Vaccination Hyderabad 1872-1889 - 1872-1889
Year: 1872
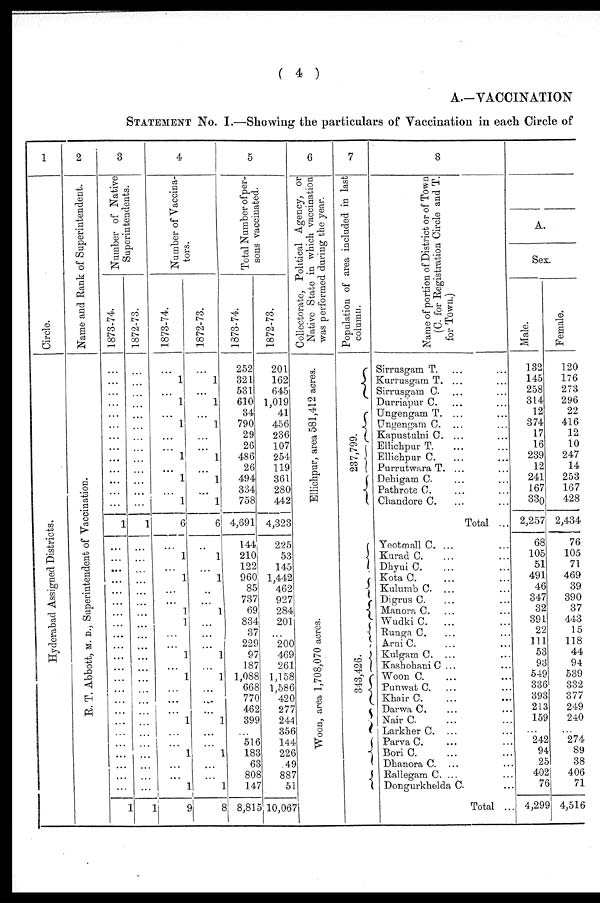
( 4 )
A.—VACCINATION
STATEMENT No. I.—Showing the particulars of Vaccination in each Circle of
1
Circle.
Hyderabad Assigned Districts.
2
Name and Rank of Superintendent.
R. T. Abbott, M. D., Superintendent of Vaccination.
3
Number of Native
Superintendents.
1873-74
...
...
...
...
...
...
...
...
...
...
...
...
...
1
...
...
...
...
...
...
...
...
...
...
...
...
...
...
...
...
...
...
...
...
...
...
...
1
1872-73.
...
...
...
...
...
...
...
...
...
...
...
...
...
1
...
...
...
...
...
...
...
...
...
...
...
...
...
...
...
...
...
...
...
...
...
...
...
1
4
Number of Vaccina¬
tors.
1873-74.
...
...
...
...
...
...
...
...
...
...
...
...
1
6
...
...
...
...
...
...
...
...
...
...
...
...
...
...
...
...
...
...
...
...
...
...
1
9
1872-73.
...
...
...
...
...
...
...
...
...
...
...
...
1
6
...
...
...
...
...
...
...
...
...
...
...
...
...
...
...
...
...
...
...
...
...
...
1
8
5
Total Number of per-
sons vaccinated.
1873-74.
252
321
531
610
34
790
29
26
486
26
494
334
758
4,691
144
210
122
960
85
737
69
834
37
229
97
187
1,088
668
770
462
399
...
516
183
63
808
147
8,815
1872-73.
201
162
645
1,019
41
456
236
107
254
119
361
280
442
4,323
225
53
145
1,442
462
927
284
201
...
200
469
261
1,158
1,586
420
277
244
356
144
226
49
887
51
10,067
6
Collectorate, Political Agency, or
Native State in which vaccination
was performed during the year.
Ellichpur, area 581,412 acres.
Woon, area 1,708,070 acres.
7
Population of area included in last
column.
237,799.
343,426.
8
Name of portion of District or of Town
(C. for Registration Circle and T.
for Town.)
Sirrusgam T. ... ...
Kurrusgam T. ... ...
Sirrusgam C. ... ...
Durriapur C. ... ...
Ungengam T. ... ...
Ungengam C. ... ...
Kapustulni C. ... ...
Ellichpur T. ... ...
Ellichpur C. ... ...
Purrutwara T. ... ...
Dehigam C. ... ...
Pathrote C. ... ...
Chandore C. ... ...
Total ...
Yeotmall C. ... ...
Kurad C. ... ...
Dhyui C. ... ...
Kota C. ... ...
Kulumb C. ... ...
Digrus C. ... ...
Manora C. ... ...
Wudki C.
... ...
Runga C. ... ...
Arni C. ... ...
Kulgam C. ... ...
Kashohani C ... ...
Woon C. ... ...
Punwat C. ... ...
Khair C. ... ...
Darwa C. ... ...
Nair C. ... ...
Larkher C. ... ...
Parva C. ... ...
Bori C. ... ...
Dhanora C. ... ...
Rallegam C. ... ...
Dongurkhelda C. ... ...
Total ...
A.
Sex.
Male.
132
145
258
314
12
374
17
16
239
12
241
167
330
2,257
68
105
51
491
46
347
32
391
22
111
53
93
549
336
393
213
159
...
242
94
25
402
76
4,299
Female.
120
176
273
296
22
416
12
10
247
14
253
167
428
2,434
76
105
71
469
39
390
37
443
15
118
44
94
539
332
377
249
240
...
274
89
38
406
71
4,516